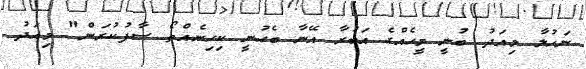
ނަހުލާ މިއަދު ބުނީ މީހެއްގެ އަބުރާ އޭނާ ބެހުނީ ކިހިނެއްތޯ ސާފުކުރަން" މިއަދު